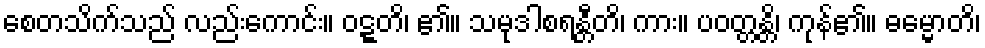
စေတသိက်သည် လည်းကောင်း။ ဝဋ္ဋတိ၊ ၏။ သမုဒါစရန္တီတိ၊ ကား။ ပဝတ္တန္တိ၊ ကုန်၏။ ဓမ္မောတိ၊